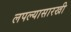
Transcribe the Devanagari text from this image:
लपल्यासारखी